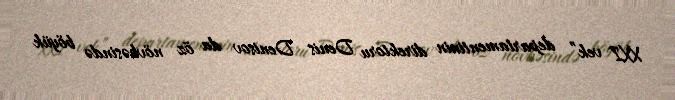
XXI vek” departamentinin direktoru Denis Denisov da öz növbəsində böyük